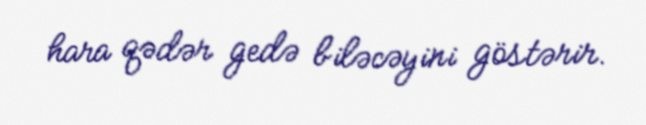
hara qədər gedə biləcəyini göstərir.